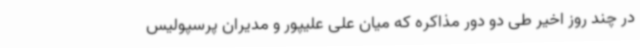
در چند روز اخیر طی دو دور مذاکره که میان علی علیپور و مدیران پرسپولیس‌